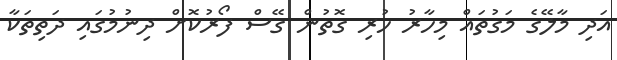
އަދި މާލޭގެ މަގުތައް މިހާރު ހުރި ގޮތުން ގޭސް ފޯރުކޮށް ދިނުމުގައި ދަތިތަކާ